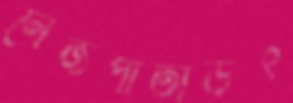
লেজপাতাউৎ